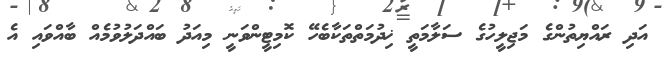
އަދި ރައްޔިތުންގެ މަޖިލީހުގެ ސަލާމަތީ ޚިދުމަތްތަކާބެހޭ ކޮމިޓީންވަނީ މިއަދު ބައްދަލުވުމެއް ބާއްވައި އެ